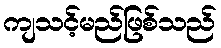
ကျသင့်မည်ဖြစ်သည်